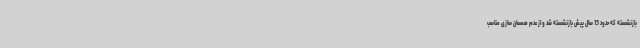
بازنشسته که حدود 15 سال پیش بازنشسته شد و از عدم همسان سازی مناسب